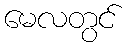
မေလတွင်